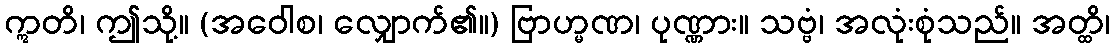
ဣတိ၊ ဤသို့။ (အဝေါစ၊ လျှောက်၏။) ဗြာဟ္မဏ၊ ပုဏ္ဏား။ သဗ္ဗံ၊ အလုံးစုံသည်။ အတ္ထိ၊